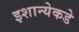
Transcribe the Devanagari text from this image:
इशान्येकडे